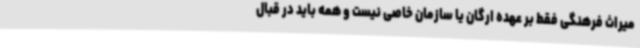
میراث فرهنگی فقط بر عهده ارگان یا سازمان خاصی نیست و همه باید در قبال